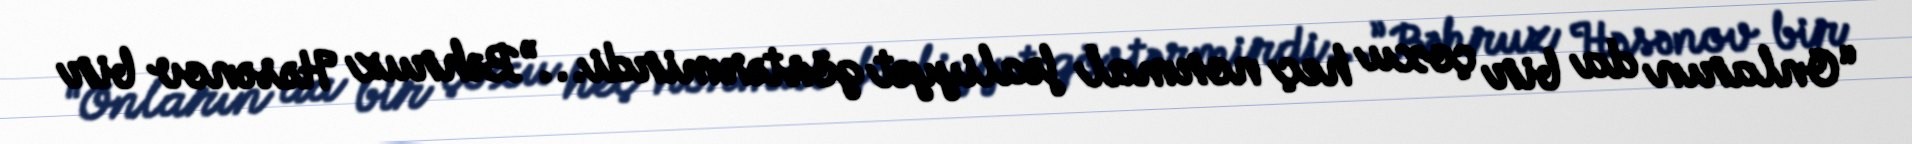
“Onların da bir çoxu heç normal fəaliyyət göstərmirdi...”Bəhruz Həsənov bir